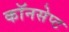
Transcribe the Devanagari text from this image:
कॉनसेप्ट